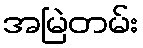
အမြဲတမ်း